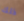
ذلك